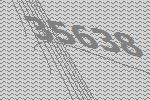
35638